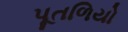
પૂતળિયો